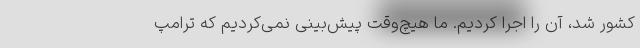
کشور شد، آن را اجرا کردیم. ما هیچ‌وقت پیش‌بینی نمی‌کردیم که ترامپ